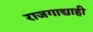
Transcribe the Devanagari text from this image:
राजगाद्याही